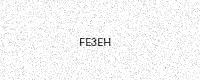
Text: FE3EH